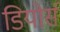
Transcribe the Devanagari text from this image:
डियोर्स